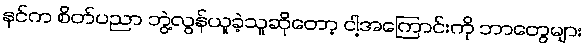
နင်က စိတ်ပညာ ဘွဲ့လွန်ယူခဲ့သူဆိုတော့ ငါ့အကြောင်းကို ဘာတွေများ